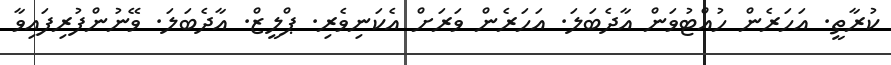
ކުރާތީ. އަހަރެން ހުއްޓުވަން އާދެބަލަ. އަހަރެން ވަރަށް އެކަނިވެރި. ޕްލީޒް. އާދެބަލަ. ވޭނުންފުރިފައިވާ